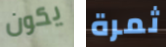
يكون ثمرة